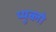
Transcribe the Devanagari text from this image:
प्युब्लो